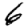
Digit: 6